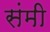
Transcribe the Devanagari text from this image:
संमी